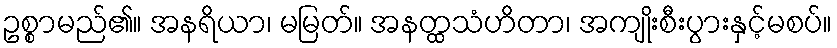
ဥစ္စာမည်၏။ အနရိယာ၊ မမြတ်။ အနတ္ထသံဟိတာ၊ အကျိုးစီးပွားနှင့်မစပ်။